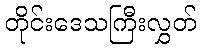
တိုင်းဒေသကြီးလွှတ်